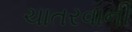
ચાતરવાની